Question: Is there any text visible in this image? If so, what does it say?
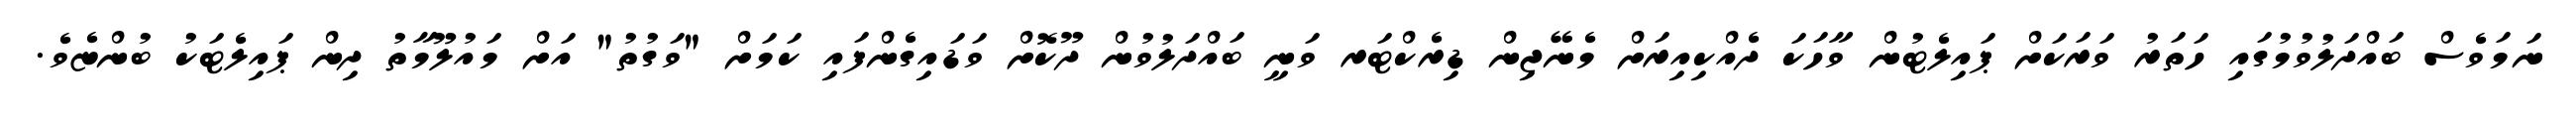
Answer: ނަމަވެސް ބައްދަލުވުމުގައި ހަތަރު ވަރަކަށް ޕައިލެޓުން ވާހަކަ ދެއްކިއިރަށް މެނޭޖިން ޑިރެކްޓަރ ވަނީ ބައްދަލުވުން ދޫކޮށް ވަޑައިގެންފައި ކަމަށް "ވަގުތު" އަށް މައުލޫމާތު ދިން ޕައިލެޓަކު ބުންޏެވެ.